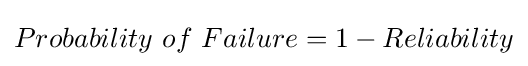
Probability\ of\ Failure=1-Reliability